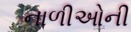
નાળીઓની